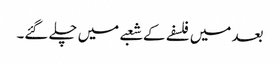
بعد میں فلسفے کے شعبے میں چلے گئے۔